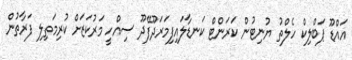
އައްޑޫ ޕަބްލިކް ހެލްތު ޔުނިޓުން ކަރަންޓް ކަނޑާލައިފިމަރަދޫފޭދޫ ސިއްހީ މަރުކަޒަށް ކުރިމަތިލި ފަރާތުން